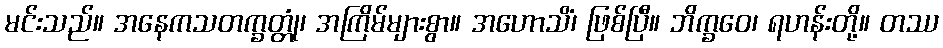
မင်းသည်။ အနေကသတက္ခတ္တုံ၊ အကြိမ်များစွာ။ အဟောသိံ၊ ဖြစ်ပြီ။ ဘိက္ခဝေ၊ ရဟန်းတို့။ တဿ